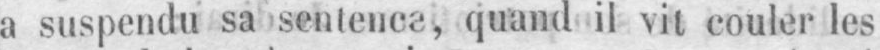
a suspendu sa sentence, quand il vit couler les